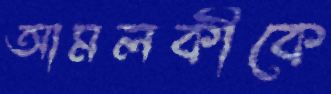
আমলকীকে